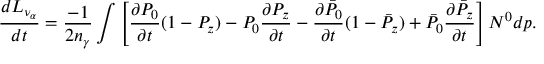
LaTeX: { \frac { d L _ { \nu _ { \alpha } } } { d t } } = { \frac { - 1 } { 2 n _ { \gamma } } } \int \left[ { \frac { \partial P _ { 0 } } { \partial t } } ( 1 - P _ { z } ) - P _ { 0 } { \frac { \partial P _ { z } } { \partial t } } - { \frac { \partial \bar { P } _ { 0 } } { \partial t } } ( 1 - \bar { P } _ { z } ) + \bar { P } _ { 0 } { \frac { \partial \bar { P } _ { z } } { \partial t } } \right] N ^ { 0 } d p .